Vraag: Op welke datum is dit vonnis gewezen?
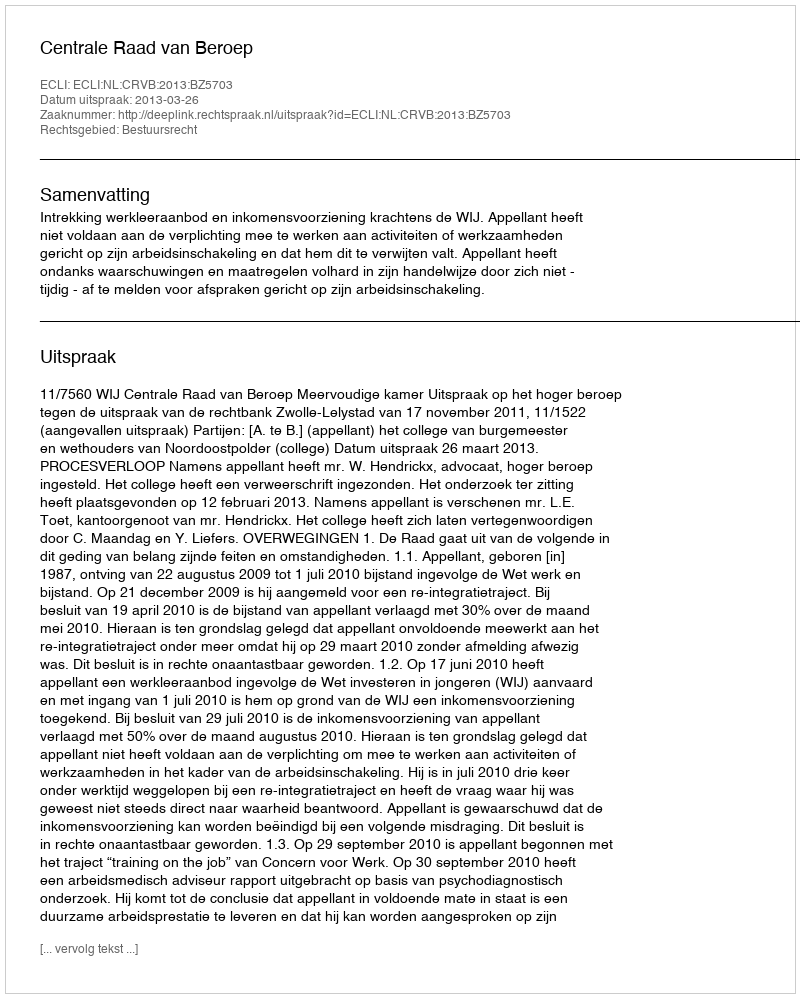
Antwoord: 2013-03-26